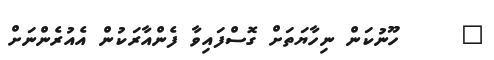
٥     ހޫނުކަން ނިހާޔަތަށް ގޮސްފައިވާ ފެންއާރަކުން އެއުރެންނަށް